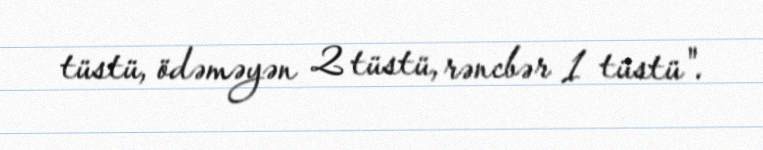
tüstü, ödəməyən 2 tüstü, rəncbər 1 tüstü".